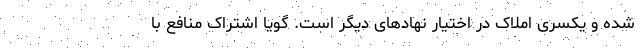
شده و یکسری املاک در اختیار نهادهای دیگر است. گویا اشتراک منافع با